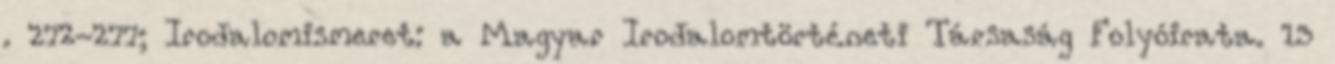
. 272-277; Irodalomismeret: a Magyar Irodalomtörténeti Társaság Folyóirata. 13